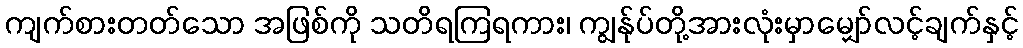
ကျက်စားတတ်သော အဖြစ်ကို သတိရကြရကား၊ ကျွန်ုပ်တို့အားလုံးမှာမျှော်လင့်ချက်နှင့်